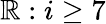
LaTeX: \mathbb{R}:i\geq7